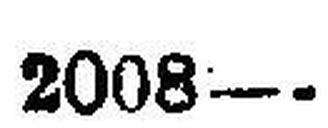
2008—